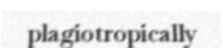
plagiotropically